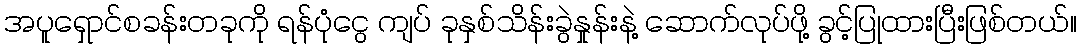
အပူရှောင်စခန်းတခုကို ရန်ပုံငွေ ကျပ် ခုနှစ်သိန်းခွဲနှုန်းနဲ့ ဆောက်လုပ်ဖို့ ခွင့်ပြုထားပြီးဖြစ်တယ်။